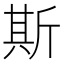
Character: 斯